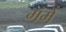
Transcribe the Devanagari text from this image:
मंमें